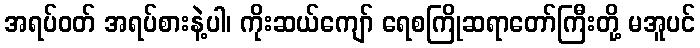
အရပ်ဝတ် အရပ်စားနဲ့ပါ၊ ကိုးဆယ်ကျော် ရေစကြိုဆရာတော်ကြီးတို့ မအူပင်